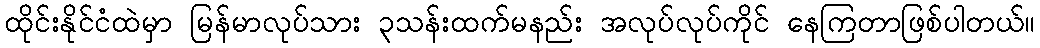
ထိုင်းနိုင်ငံထဲမှာ မြန်မာလုပ်သား ၃သန်းထက်မနည်း အလုပ်လုပ်ကိုင် နေကြတာဖြစ်ပါတယ်။